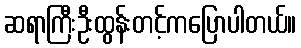
ဆရာကြီးဦးထွန်းတင့်ကပြောပါတယ်။